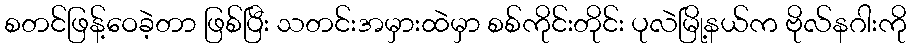
စတင်ဖြန့်ဝေခဲ့တာ ဖြစ်ပြီး သတင်းအမှားထဲမှာ စစ်ကိုင်းတိုင်း ပုလဲမြို့နယ်က ဗိုလ်နဂါးကို